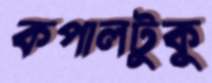
কপালটুকু